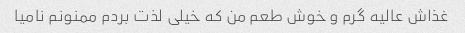
غذاش عالیه گرم و خوش طعم من که خیلی لذت بردم ممنونم نامیا